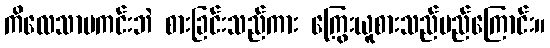
ကိလေသာမကင်းဘဲ စားခြင်းသည်ကား ကြွေးယူစားသည်မည်ကြောင်း။